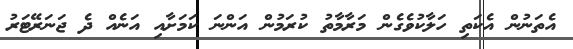
އެތަނުން އެކަތި ހަލާކުވެގެން މަރާމާތު ކުރަމުން އަންނަ ކަމަށާއި އަނެއް ދެ ޖަނަރޭޓަރު